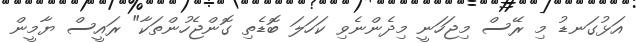
އަޅުގަނޑު މި ރޭސް މިޖަހަނީ މިދެންނެވި ކަހަލަ ބޮޑެތި ގޮންޖެހުންތަކާ" ރައީސް ޔާމީން